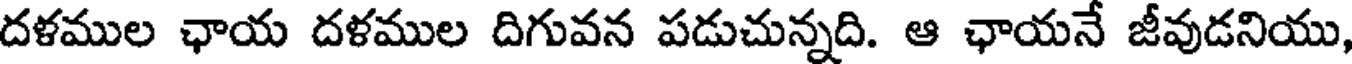
దళముల ఛాయ దళముల దిగువన పడుచున్నది. ఆ ఛాయనే జీవుడనియు,